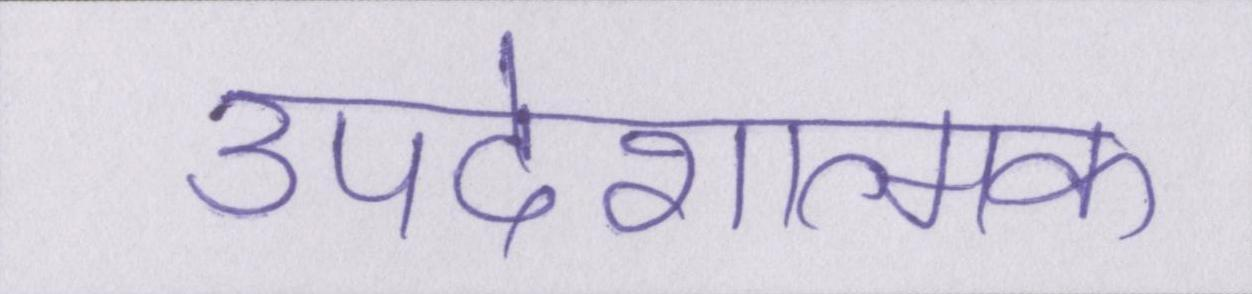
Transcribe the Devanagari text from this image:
उपदेशात्मक